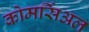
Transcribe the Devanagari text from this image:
कोमर्सिअल